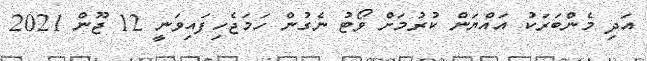
އަދި މެންބަރަކު އައްޔަން ކުރުމަށް ވޯޓު ނެގުން ހަމަޖެހިފައިވަނީ 12 ޖޫން 2021